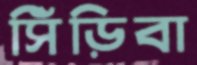
সিঁড়িবা